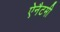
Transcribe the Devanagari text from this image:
ऐनैटमी